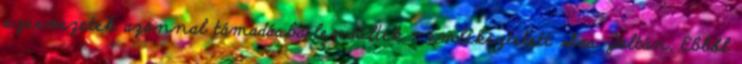
szervezetek azonnal támadásba lendültek – emlékeztetett Sas Zoltán. Ebből